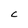
Character: C